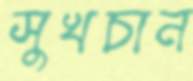
সুখচান